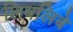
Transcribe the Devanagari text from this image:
लिबलिबे